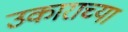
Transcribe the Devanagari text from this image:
उकाराच्या